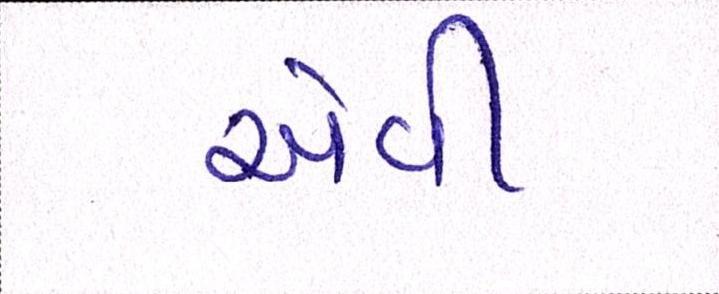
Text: એવી